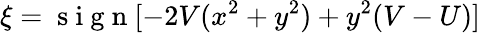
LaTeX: \xi=\mathrm{~s~i~g~n~}[-2V(x^{2}+y^{2})+y^{2}(V-U)]